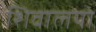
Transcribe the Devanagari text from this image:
शिवालयो